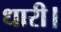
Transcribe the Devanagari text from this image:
धारी।